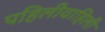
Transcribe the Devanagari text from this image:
पहिलीवाहिली